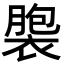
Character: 褜